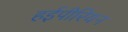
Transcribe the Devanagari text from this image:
हईपीरियन